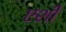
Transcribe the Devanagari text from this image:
एशी